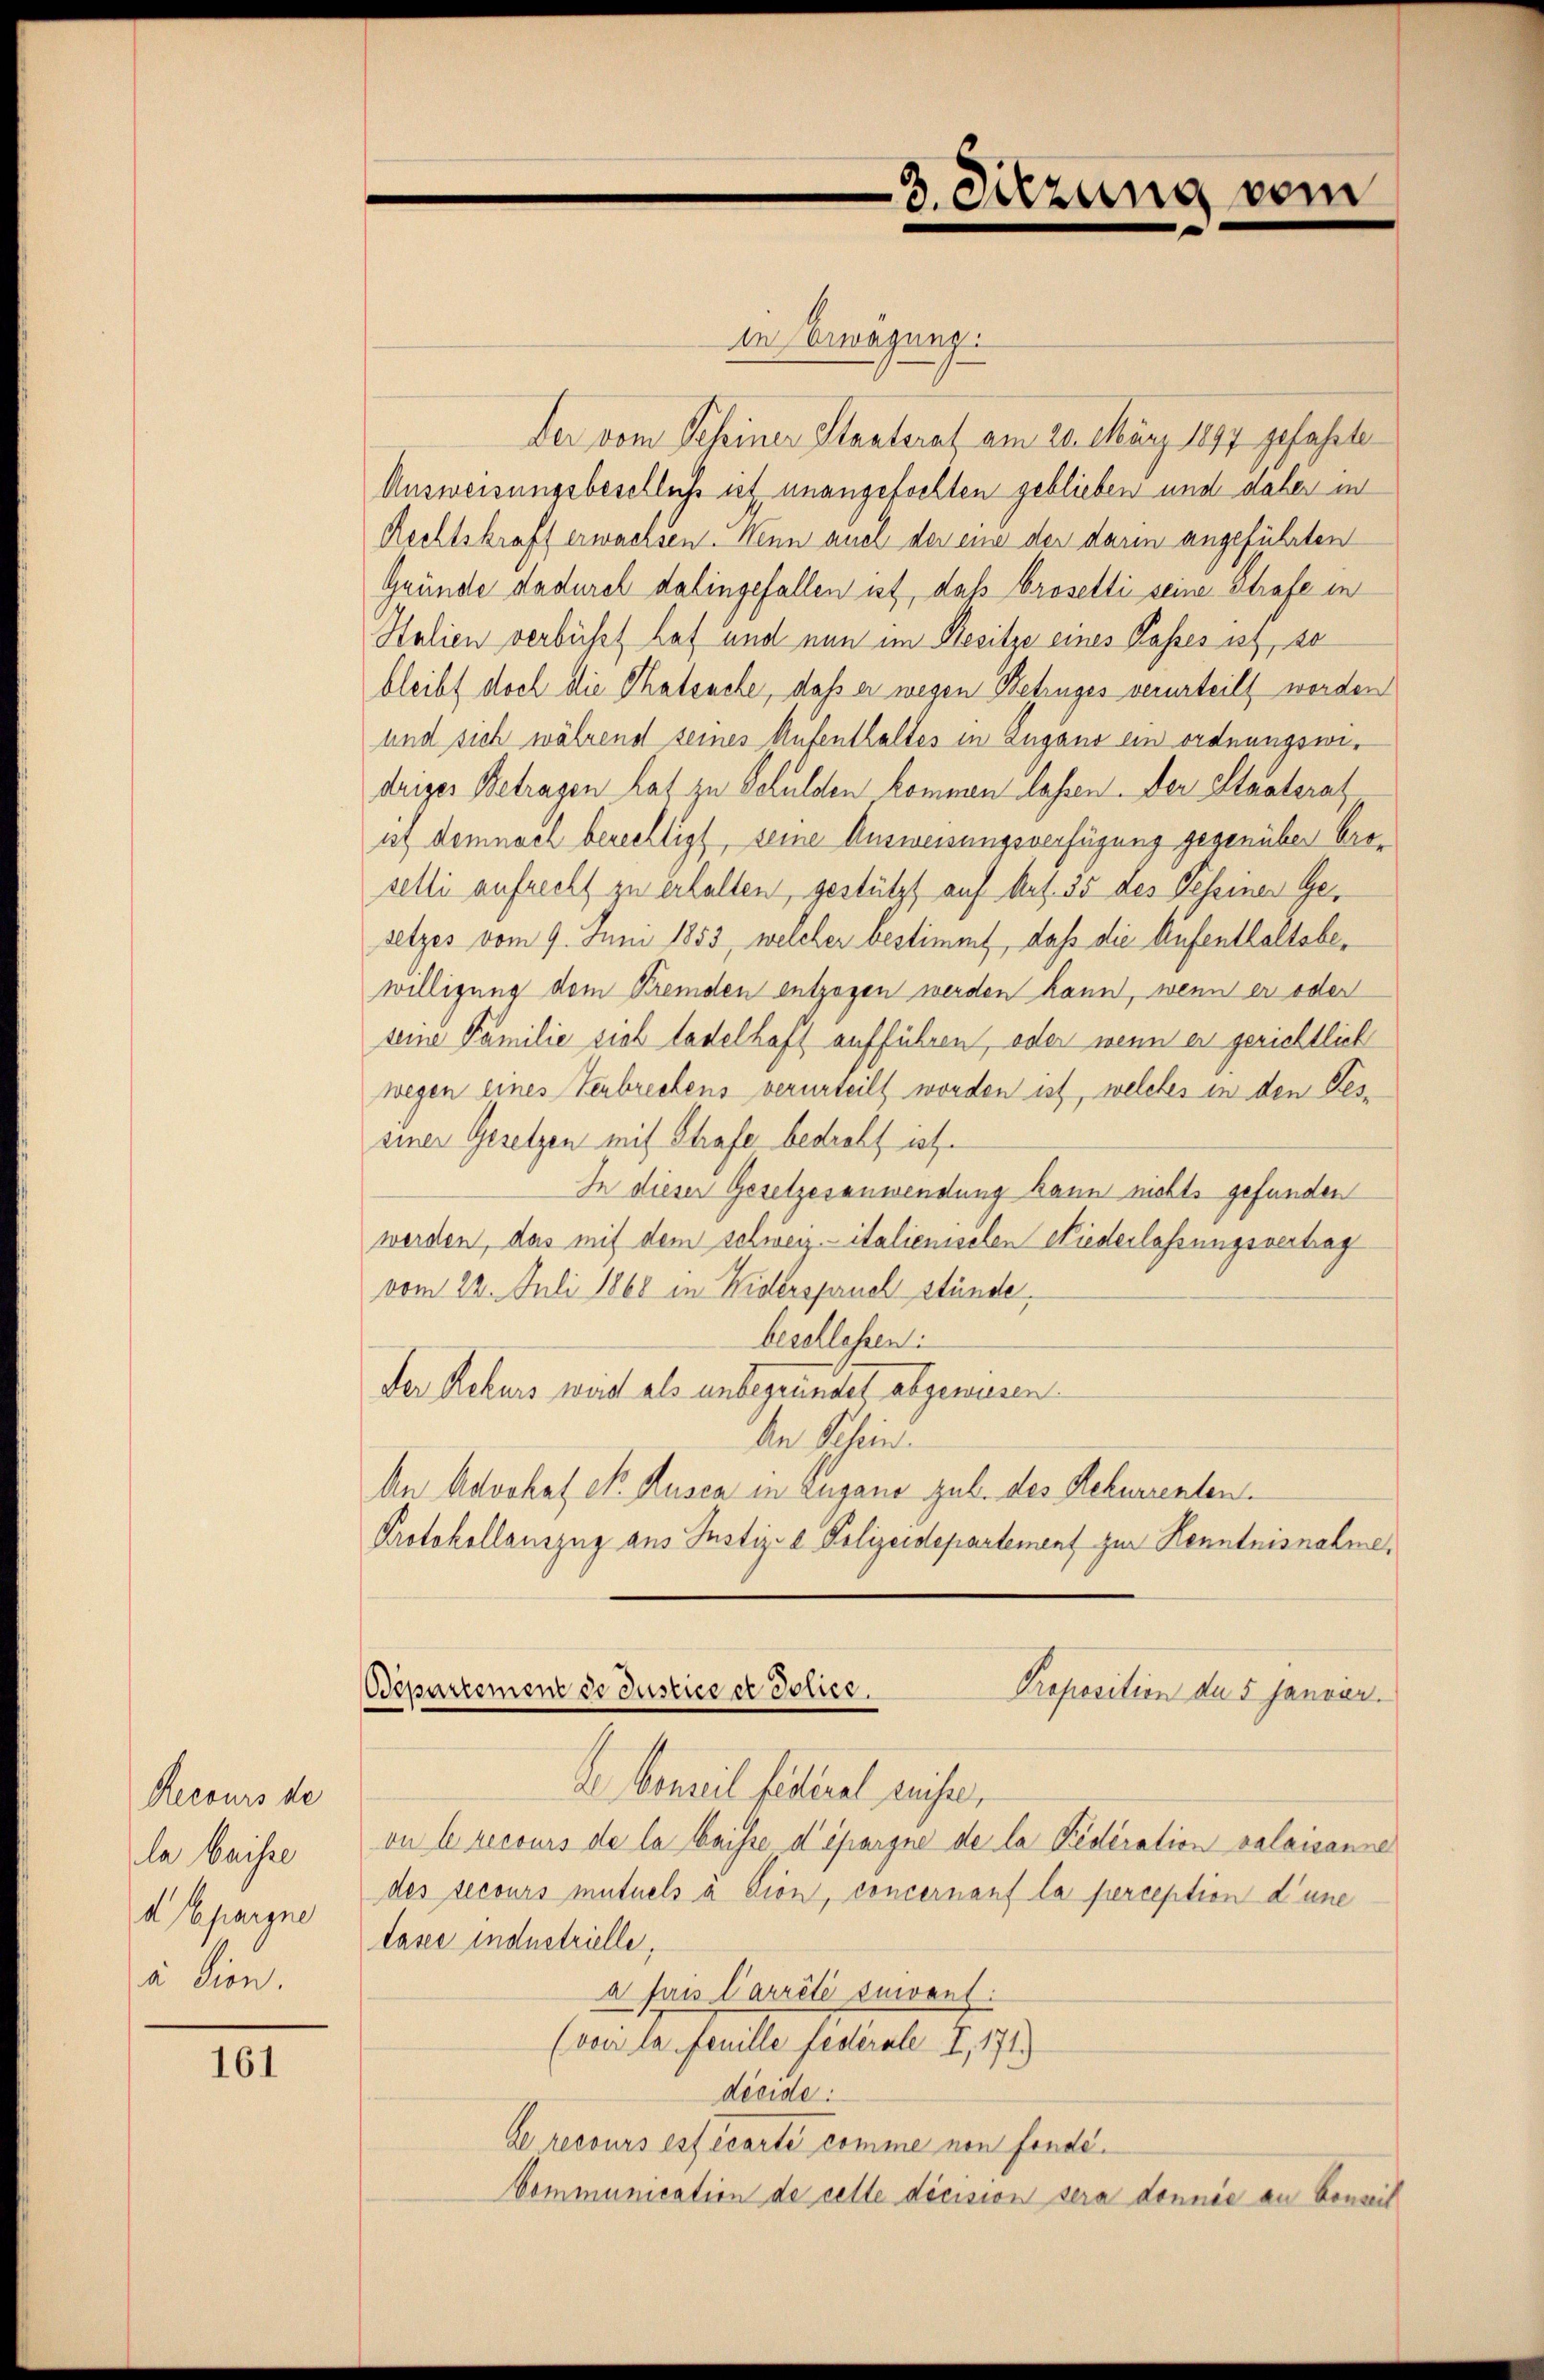
Recours de
la beiste
d Spargne
à dion.

161

in Bewegung.
Der vom Scheiner Stanterat am 20. März 1897 gefahrte
Ausweisungsbeschluß ist unangefochten geblieben und daher in
Rechtskraft erwachsen. Wenn auch der eine der darin angeführten
Gründe dadurch dahingefallen ist, daß brosetti seine Strafe in
Stalien verbührt hat und nun im Besitze eines Kasses ist, so
bleibt doch die Thatsache, daß er wegen Betruges verurteilt worden
und sich während seines Aufenthaltes in Zugano ein ordnungswedriger Betragen hat zu Schulden kommen lassen. Der Staatsrat
ist demnach berechtigt, seine Ausweisungsverfügung gegenüber broselli aufrecht zu erhalten, gestützt auf Art. 35 des Tessiner Gesetzes vom 9. Juni 1853, welcher bestimmt, daß die Aufenthaltsbewilligung dem Fremden entzogen werden kann, wenn er oder
seine Familie sich tadelhaft aufführen, oder wenn er gerichtlich
wegen eines Verbrechens verurteilt worden ist, welches in den Gessiner Gesetzen mit Strafe bedroht ist.
In dieser Gesetzesanwendung kann nichts gefunden
werden, das mit dem schweiz.- italienischen Niederlassungsvertrag
vom 22. Juli 1868 in Widerspruch stünde,
beschlossen:
Der Rekurs wardt als unbegründet abgewiesen.
An Schied.
An Advokat N. Rusca in Lugano zub. des Rekurrenten.
Protokollauszug aus Justiz- & Polizeidepartement zur Kenntnisnahme,
Departement de Justice er Police.
Proposition de 5 Janvor.
de bereit fidiret auchen,
on le recours de la beisse d’épargne de la Federation valaisanne
des secours mutuels a Dion, concernanf la perception d’une
tasee industrielle,
a fais Carrêté suivant:
(von la feuille fédérale I, 171.)
décide.
de recours est écarte comme von fonde¬
Communication de celle décision sera dennie an Konseit

3. Sitzung vom